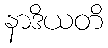
နာဒိယတိ